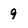
Character: 9